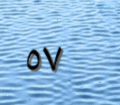
٥٧